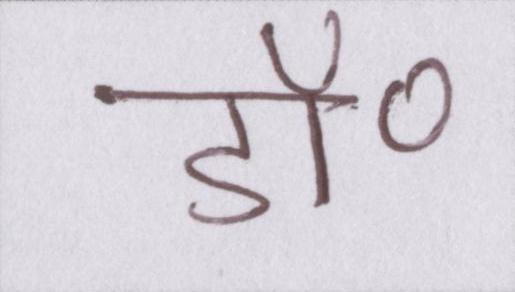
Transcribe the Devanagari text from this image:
डॉ॰